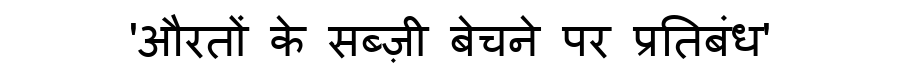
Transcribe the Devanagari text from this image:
'औरतों के सब्ज़ी बेचने पर प्रतिबंध'